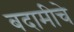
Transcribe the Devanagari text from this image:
बदामीचे